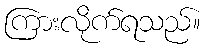
ကြားလိုက်ရသည်။